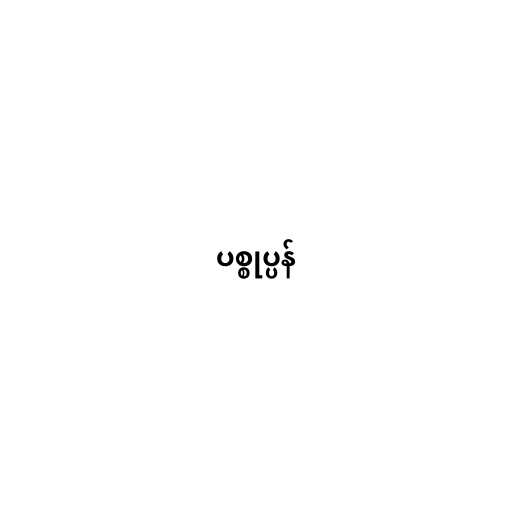
ပစ္စုပ္ပန်